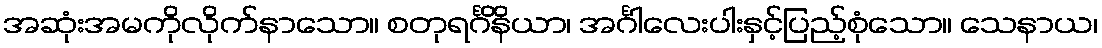
အဆုံးအမကိုလိုက်နာသော။ စတုရင်္ဂိနိယာ၊ အင်္ဂါလေးပါးနှင့်ပြည့်စုံသော။ သေနာယ၊